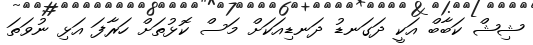
ޝިޝް ކަބާބް އަކީ ދަގަނޑު ދަނޑިއަކަށް މަސް ކޮޅުތަށް ހަރާފަ އަޅި ނުވަތަ